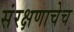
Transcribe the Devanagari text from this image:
संरक्षणाचेच